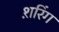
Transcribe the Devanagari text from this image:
श़रिंग